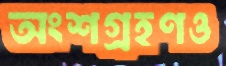
অংশগ্রহণও